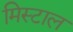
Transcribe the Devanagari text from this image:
मिस्टाल